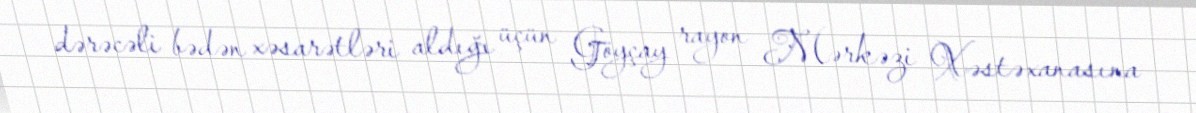
dərəcəli bədən xəsarətləri aldığı üçün Göyçay rayon Mərkəzi Xəstəxanasına